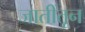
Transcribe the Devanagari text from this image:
जातींतून